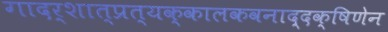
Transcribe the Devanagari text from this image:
गादर्शात्प्रत्यक्कालकवनाद्दक्षिणेन